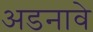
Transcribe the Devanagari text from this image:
अडनावे